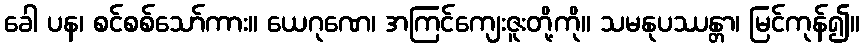
ခေါ ပန၊ စင်စစ်သော်ကား။ ယေဂုဏေ၊ အကြင်ကျေးဇူးတို့ကို။ သမနုပဿန္တာ၊ မြင်ကုန်၍။